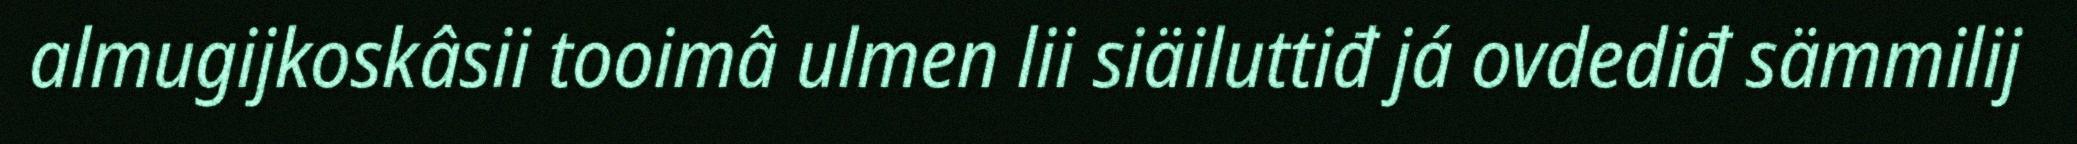
almugijkoskâsii tooimâ ulmen lii siäiluttiđ já ovdediđ sämmilij